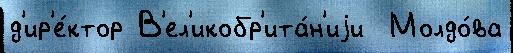
д'ир'е́ктор В'ел'икобр'ита́н'иjи  Молдо́ва